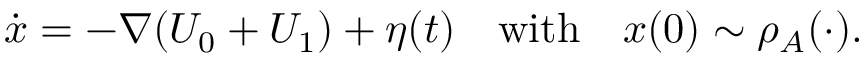
\dot { \boldsymbol { x } } = - \nabla ( U _ { 0 } + U _ { 1 } ) + { \boldsymbol { \eta } } ( t ) \quad \mathrm { w i t h } \quad { \boldsymbol { x } } ( 0 ) \sim \rho _ { A } ( \cdot ) .